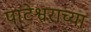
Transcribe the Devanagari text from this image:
पाटेश्वराच्या